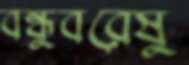
বন্ধুবরেষু